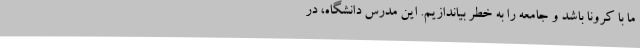
ما با کرونا باشد و جامعه را به خطر بیاندازیم. این مدرس دانشگاه، در